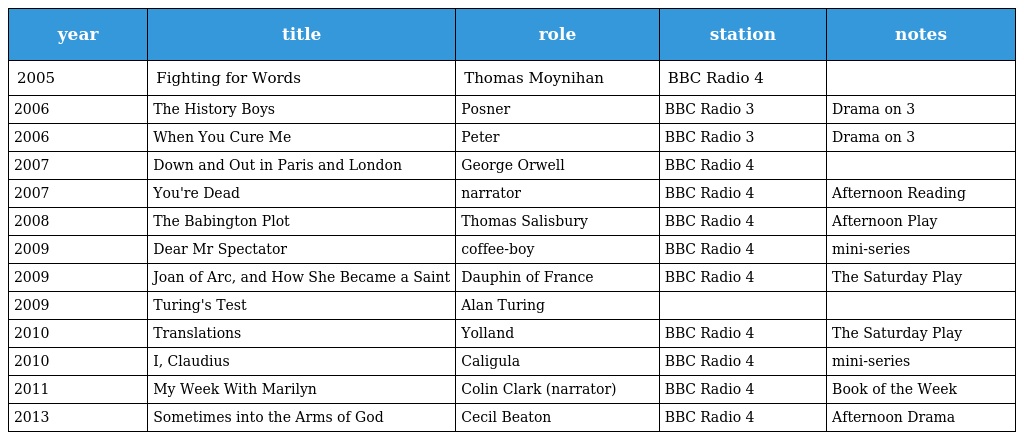
| year | title | role | station | notes |
 | --- | --- | --- | --- | --- |
 | 2005 | Fighting for Words | Thomas Moynihan | BBC Radio 4 |  |
 | 2006 | The History Boys | Posner | BBC Radio 3 | Drama on 3 |
 | 2006 | When You Cure Me | Peter | BBC Radio 3 | Drama on 3 |
 | 2007 | Down and Out in Paris and London | George Orwell | BBC Radio 4 |  |
 | 2007 | You're Dead | narrator | BBC Radio 4 | Afternoon Reading |
 | 2008 | The Babington Plot | Thomas Salisbury | BBC Radio 4 | Afternoon Play |
 | 2009 | Dear Mr Spectator | coffee-boy | BBC Radio 4 | mini-series |
 | 2009 | Joan of Arc, and How She Became a Saint | Dauphin of France | BBC Radio 4 | The Saturday Play |
 | 2009 | Turing's Test | Alan Turing |  |  |
 | 2010 | Translations | Yolland | BBC Radio 4 | The Saturday Play |
 | 2010 | I, Claudius | Caligula | BBC Radio 4 | mini-series |
 | 2011 | My Week With Marilyn | Colin Clark (narrator) | BBC Radio 4 | Book of the Week |
 | 2013 | Sometimes into the Arms of God | Cecil Beaton | BBC Radio 4 | Afternoon Drama |